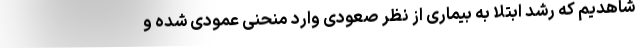
شاهدیم که رشد ابتلا به بیماری از نظر صعودی وارد منحنی عمودی شده و